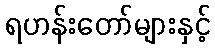
ရဟန်းတော်များနှင့်